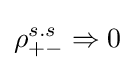
\rho _{+-}^{s.s}\Rightarrow 0